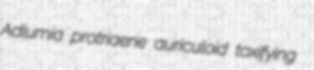
Adlumia protriaene auriculoid toxifying